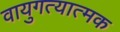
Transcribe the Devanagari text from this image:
वायुगत्यात्मक